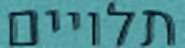
תלויים